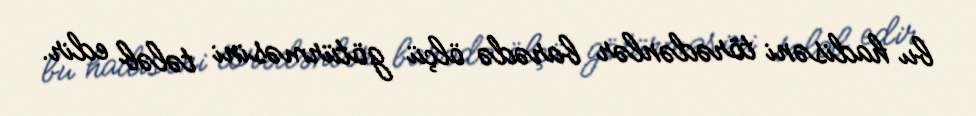
bu hadisəni törədənlər barədə ölçü götürməsini tələb edir.